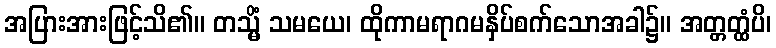
အပြားအားဖြင့်သိ၏။ တသ္မိံ သမယေ၊ ထိုကာမရာဂမနှိပ်စက်သောအခါ၌။ အတ္တတ္ထံပိ၊